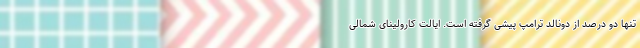
تنها دو درصد از دونالد ترامپ پیشی گرفته است. ایالت کارولینای شمالی